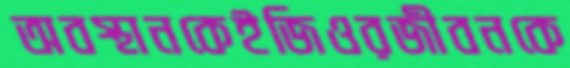
অবস্থানকেইজিওরজীবনকে